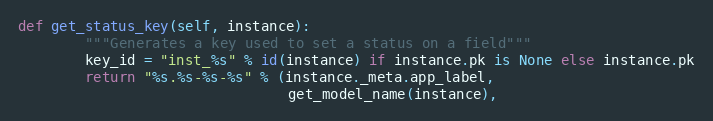
Language: Python
def get_status_key(self, instance):
        """Generates a key used to set a status on a field"""
        key_id = "inst_%s" % id(instance) if instance.pk is None else instance.pk
        return "%s.%s-%s-%s" % (instance._meta.app_label,
                                get_model_name(instance),